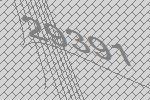
29391